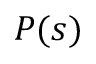
P ( s )